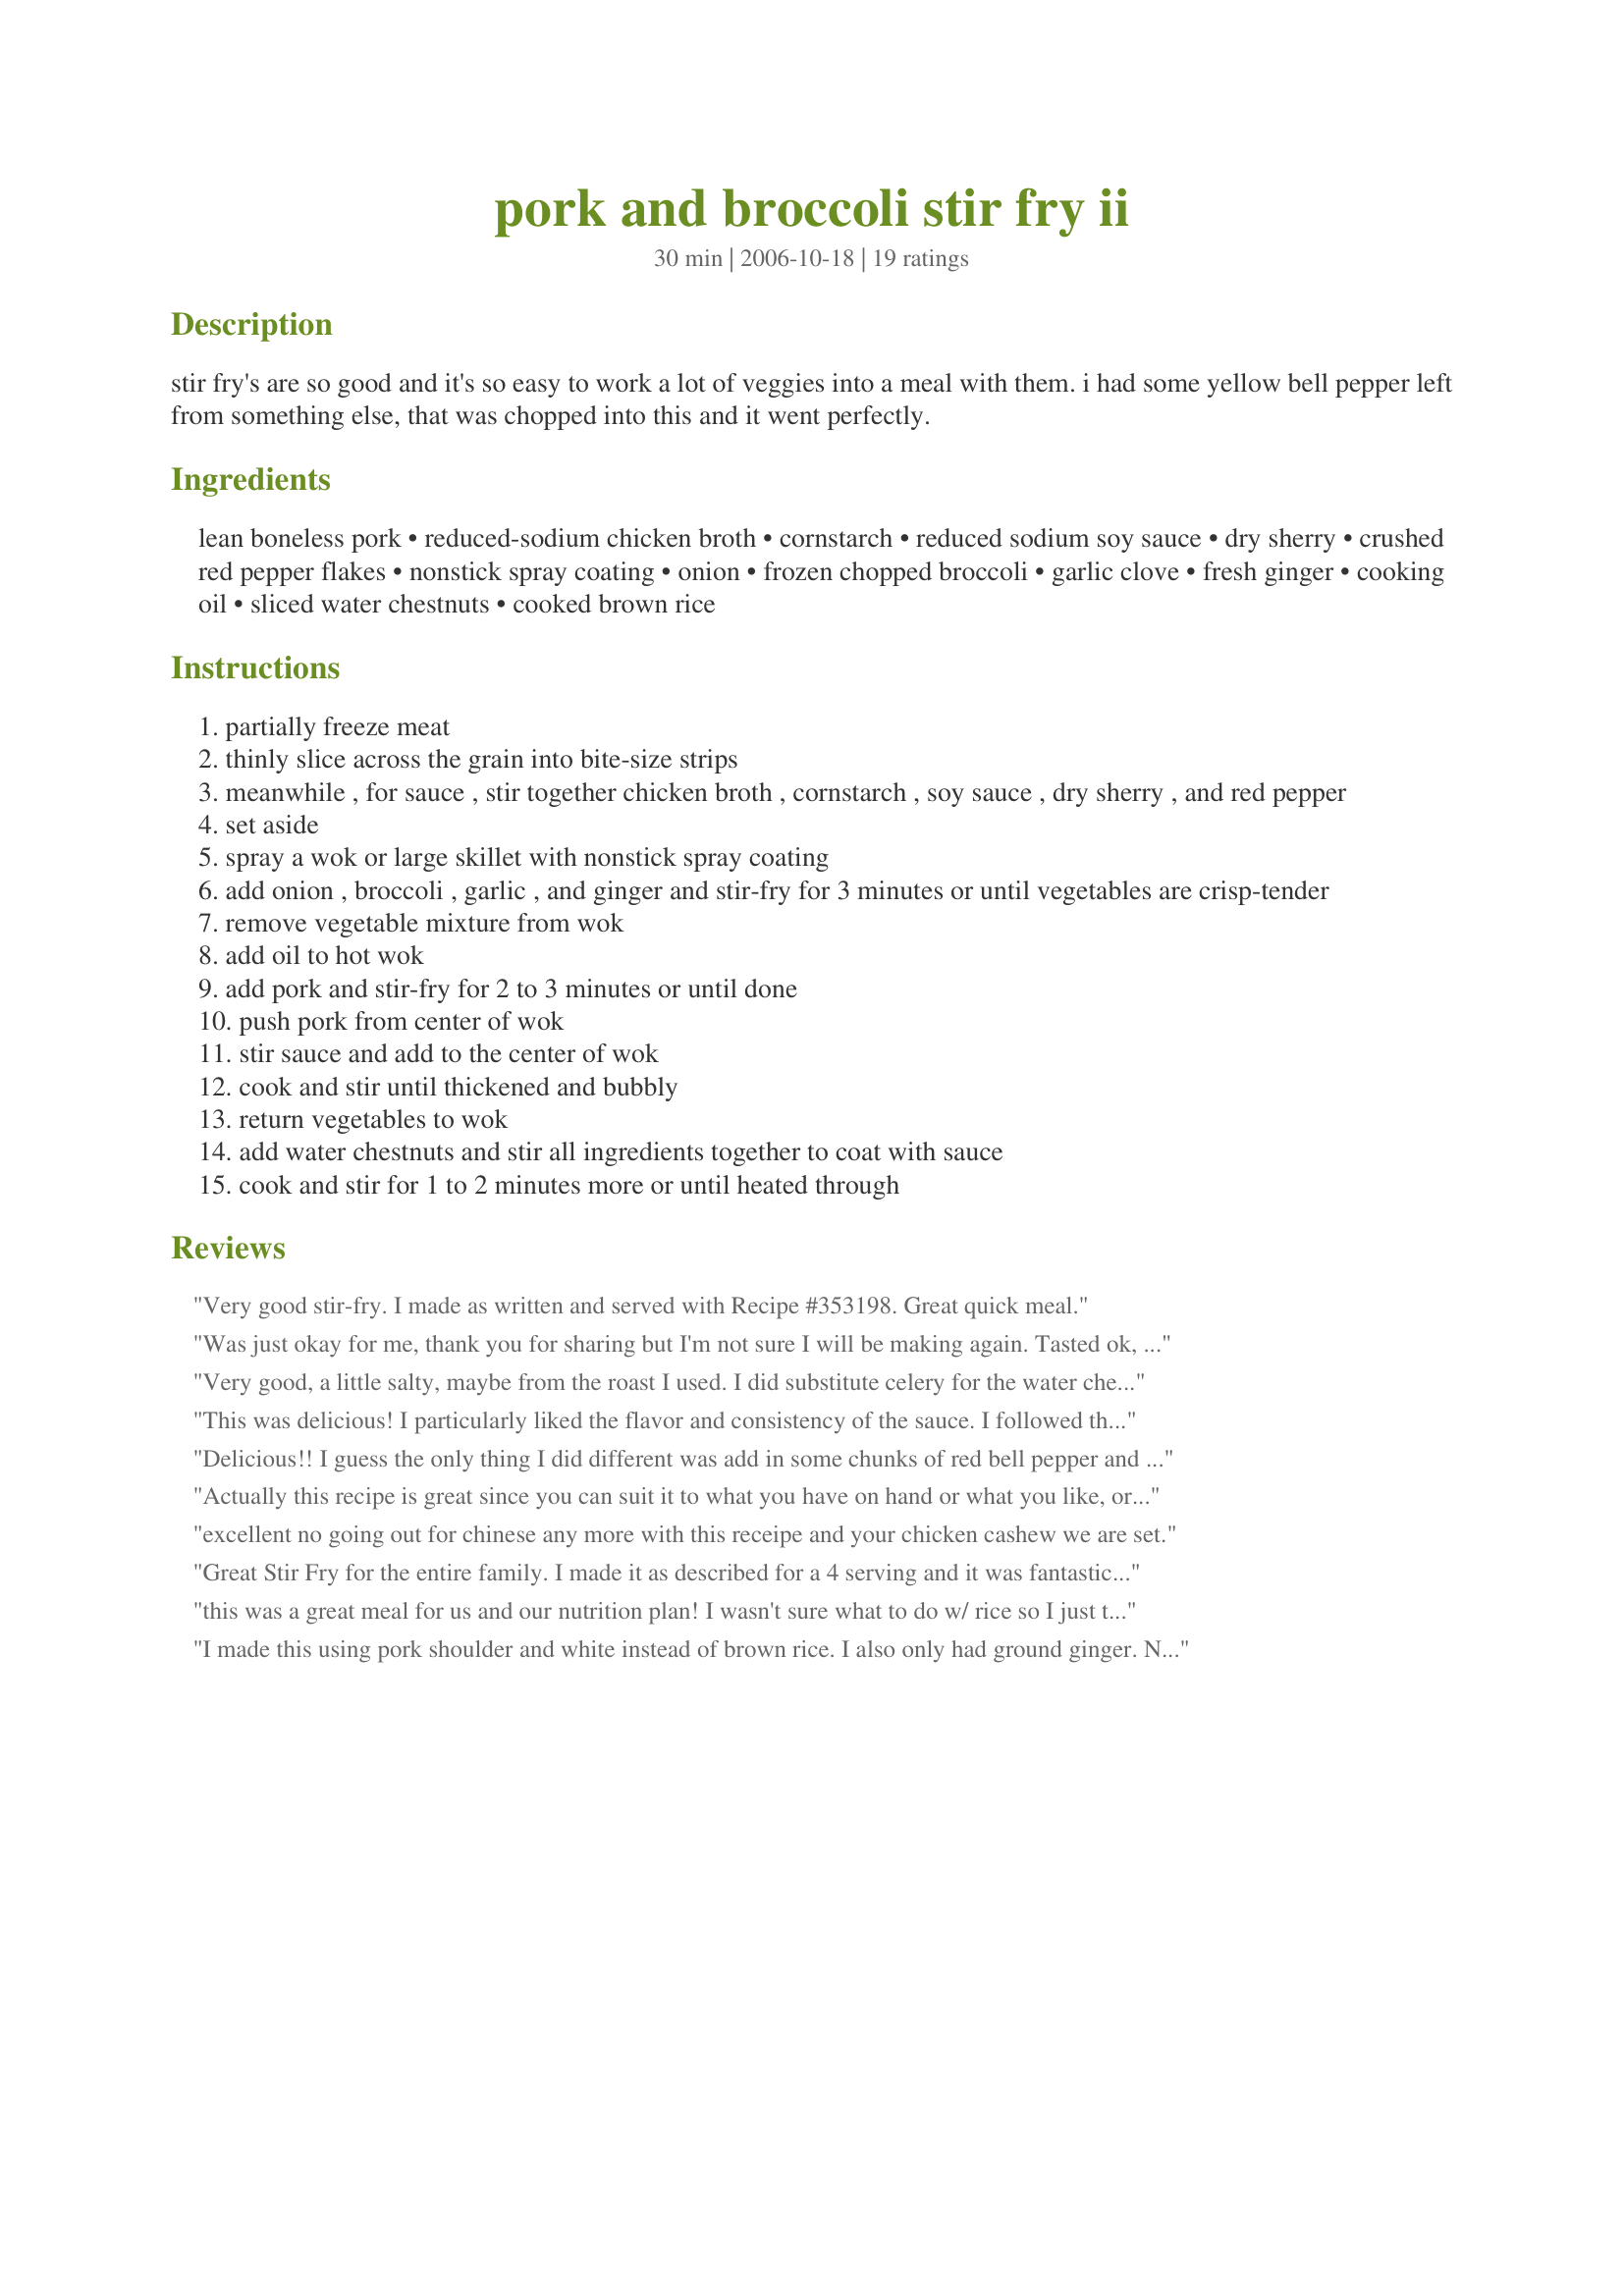
pork and broccoli stir fry ii
Preparation time: 30 minutes

stir fry's are so good and it's so easy to work a lot of veggies into a meal with them. i had some yellow bell pepper left from something else, that was chopped into this and it went perfectly.

Ingredients:
lean boneless pork, reduced-sodium chicken broth, cornstarch, reduced sodium soy sauce, dry sherry, crushed red pepper flakes, nonstick spray coating, onion, frozen chopped broccoli, garlic clove, fresh ginger, cooking oil, sliced water chestnuts, cooked brown rice

Steps:
partially freeze meat
thinly slice across the grain into bite-size strips
meanwhile , for sauce , stir together chicken broth , cornstarch , soy sauce , dry sherry , and red pepper
set aside
spray a wok or large skillet with nonstick spray coating
add onion , broccoli , garlic , and ginger and stir-fry for 3 minutes or until vegetables are crisp-tender
remove vegetable mixture from wok
add oil to hot wok
add pork and stir-fry for 2 to 3 minutes or until done
push pork from center of wok
stir sauce and add to the center of wok
cook and stir until thickened and bubbly
return vegetables to wok
add water chestnuts and stir all ingredients together to coat with sauce
cook and stir for 1 to 2 minutes more or until heated through

Reviews:
Very good stir-fry. I made as written and served with Recipe #353198. Great quick meal.
Was just okay for me, thank you for sharing but I'm not sure I will be making again. Tasted ok, was easy enough just looking for more flavour.
Very good, a little salty, maybe from the roast I used. I did substitute celery for the water chestnuts. Will make again!
This was delicious! I particularly liked the flavor and consistency of the sauce. I followed the recipe as stated except I sprinkled some Essence of Emeril on the pork before stir-frying it. It tasted wonderful but next time I won't bother pre-seasoning the pork, I think the sauce will shine on its own. This is a definite keeper!
Delicious!! I guess the only thing I did different was add in some chunks of red bell pepper and double the sauce. Served over Jasmine rice, yum :)
Actually this recipe is great since you can suit it to what you have on hand or what you like, or both!!! I think I probably had more like 1# of pork, and I had a package of mixed stir fry vegetables, used ground ginger, an 8 oz. can of mushrooms, and did not use the pepper flakes. It was easy to put together and my DH and I will finish it tonight. Thanks for this recipe!
excellent no going out for chinese any more with this receipe and your chicken cashew we are set.
Great Stir Fry for the entire family. I made it as described for a 4 serving and it was fantastic. My 2 and 4 yr old ate it all right up. It will be going into the monthly rotation of great recipes.
this was a great meal for us and our nutrition plan! I wasn't sure what to do w/ rice so I just through it in to. I did add sliced fresh mushrooms and used fresh brocolli. I did the steps a little different. sauteed pork till almost done then added brocollli let cook till tender crisp then add all vegies until mushrooms just started to get tender, then added sauce until started to thicken. then through in the rice and coated everything well. And this actually fed 4 of us well done that way. thank you will be using again during our 12 weeks to a new body!
I made this using pork shoulder and white instead of brown rice. I also only had ground ginger. Next time, I would probably add salt (just a smidgeon) and lots more ginger so I can actually taste it. It was actually very fun to make even though I don't have a wok. However, I doubled this to 6 servings, and it's more like 8 generous helpings. I had 1 1/2 cups, and I barely made a dent. I am glad I completely missed the "sherry or water" part as this needed no extra water. If you double it like I did, you will use just slightly less than a full can of broth. If it seems dry, just add the extra broth. I ended up pouring mine over the broccoli before I drained it to give some added oomph. This cooks up very quickly, so I advise doing the rice between the vegetables and the pork (just reheat the wok or pan or pot before cooking the pork). To save time, I also dumped the water chestnuts on top of the veggies while the pork cooked and I had a few spare seconds.
We loved it Annacia!This is a recipe my DH asked me to make sure I keep.It is really a good good stir fry.I marinated my sliced pork in the sauce all day.I used fresh broccoli flowerets and added a bit more fresh ginger.I have often seen Beef and Broccoli in chinese restaurant but this was better.I made it for Photo Tag. Thanks for posting. Sage/Rita
I subbed in a pkg of mixed fresh veggies (broc,caul,carrots), used beef broth, omitted the water chestnuts and served with the rice mixed into the stirfry. The little one loved it except for the odd bid of red pepper.
I loved this recipe. Very similar to beef and broccoli, but used the pork I had on hand. I used about 1 pound of pork and mushrooms instead of the water chestnuts. Otherwise, made the recipe as written. The sauce is delicious and the flavor of the ginger comes though nicely. Thanks for posting.
I thought this was a little too sweet. Not bad, but I won't make it again.
I have to admit I used some substitutions. I used fresh broccoli and cooked a bit longer. I also used leftover pork roast and reduced the time there. When I chopped my ginger, I think I had a bit more than called for, but I&#039;m not a big measure-er. This was delicious! I ate it just as is, with no rice. There wasn&#039;t really enough sauce for that and I really didn&#039;t want the rice anyway. Very, very good, and I enjoyed it immensely. Thanks for sharing! Made for Holiday tag game.
We enjoyed it, but the sauce just didn't get think enough, even with some additional cornstarch.
So good, thank you Annacia! I bought pork stew meat at WalMart and used more chicken broth in place of the water or sherry. Made this in my electric skillet and it was wonderful. Love the crunch from the water chestnuts and the nutty flavor of the brown rice is perfect. Will be making this again soon!
This was very good. The sauce had good flavor and thickened up nicely. I used celery instead of water chestnuts and green onion instead of yellow. The pork turned out a bit tough but I think I may have just cooked it a minute too long. I'll definitely try this again.
Delicious! And, oh-so-easy to put together. I used water, which was good, but next time I'll try the sherry...I always like sherry in a sauce. I used about 1 teaspoon of crushed red pepper flakes. It was perfect, but I like things hot.
